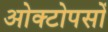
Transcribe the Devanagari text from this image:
ओक्टोपसों